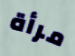
مرأة